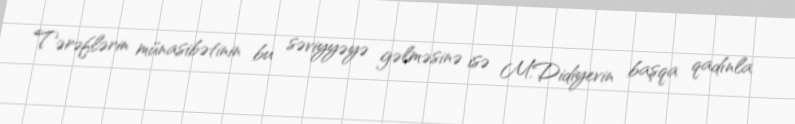
Tərəflərin münasibətinin bu səviyyəyə gəlməsinə isə M.Didiyevin başqa qadınla